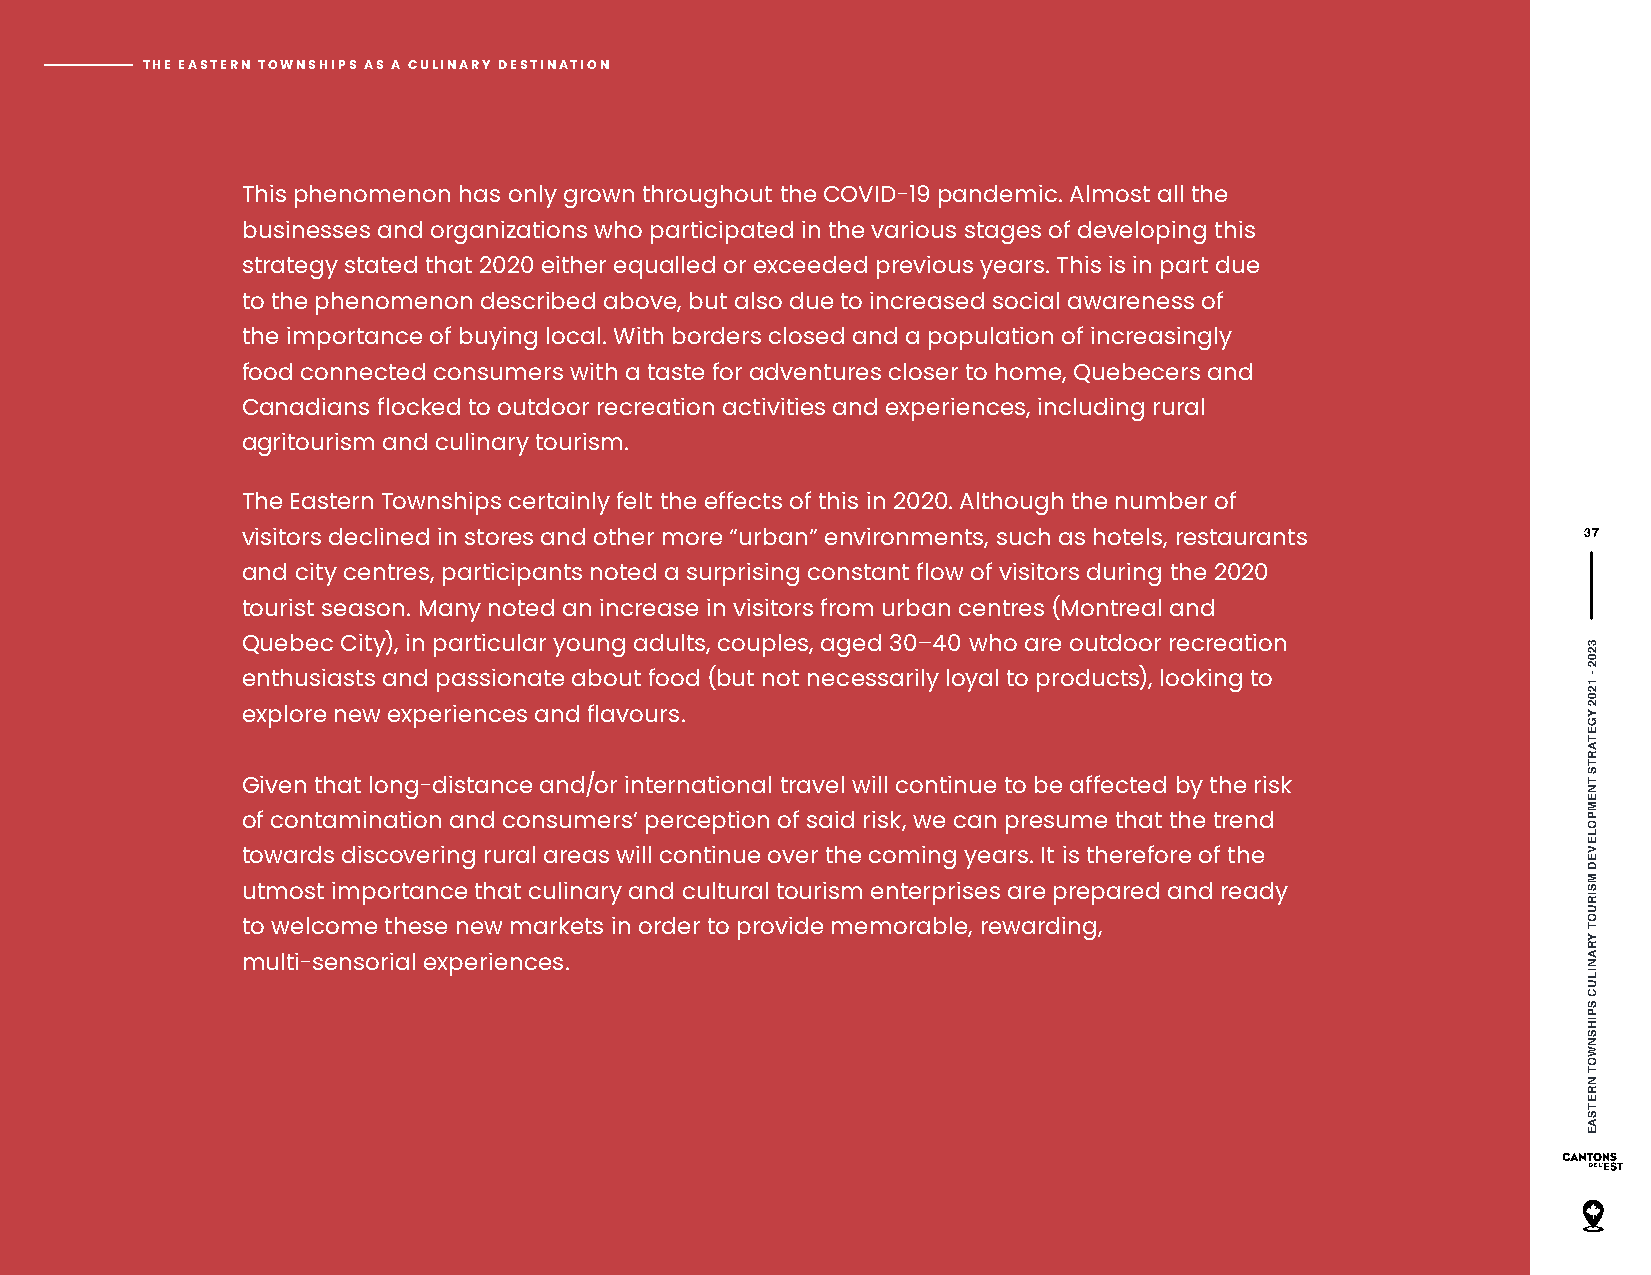
THE EASTERN TOWNSHIPS AS A CULINARY DESTINATION
 This phenomenon has only grown throughout the COVID-19 pandemic. Almost all the
 businesses and organizations who participated in the various stages of developing this
 strategy stated that 2020 either equalled or exceeded previous years. This is in part due
 to the phenomenon described above, but also due to increased social awareness of
 the importance of buying local. With borders closed and a population of increasingly
 food connected consumers with a taste for adventures closer to home, Quebecers and
 Canadians flocked to outdoor recreation activities and experiences, including rural
 agritourism and culinary tourism.
 The Eastern Townships certainly felt the effects of this in 2020. Although the number of
 visitors declined in stores and other more “urban” environments, such as hotels, restaurants 37
 and city centres, participants noted a surprising constant flow of visitors during the 2020
 tourist season. Many noted an increase in visitors from urban centres (Montreal and
 Quebec City), in particular young adults, couples, aged 30–40 who are outdoor recreation
 enthusiasts and passionate about food (but not necessarily loyal to products), looking to
 explore new experiences and flavours.
 Given that long-distance and/or international travel will continue to be affected by the risk
 of contamination and consumers’ perception of said risk, we can presume that the trend
 towards discovering rural areas will continue over the coming years. It is therefore of the
 utmost importance that culinary and cultural tourism enterprises are prepared and ready
 to welcome these new markets in order to provide memorable, rewarding,
 multi-sensorial experiences.
 3202
 - 1202
 YGETARTS
 TNEMPOLEVED
 MSIRUOT
 YRANILUC
 SPIHSNWOT
 NRETSAE